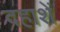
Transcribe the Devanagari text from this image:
दहाशें